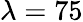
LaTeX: \lambda=75